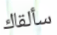
سألقاك